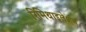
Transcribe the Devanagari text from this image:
रिमिथाइलेशन